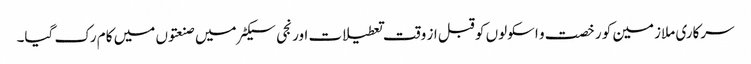
سرکاری ملازمین کو رخصت و اسکولوں کو قبل از وقت تعطیلات اور نجی سیکٹر میں صنعتوں میں کام رک گیا۔